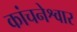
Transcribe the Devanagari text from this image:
कांचनेश्वार